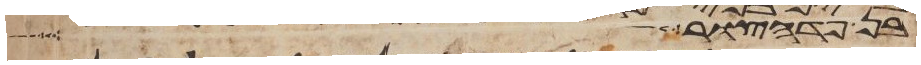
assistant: בן פדהצור ועל צבא